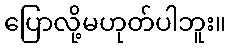
ပြောလို့မဟုတ်ပါဘူး။